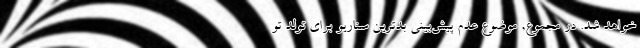
خواهد شد. در مجموع, موضوع عدم پیش‌بینی بدترین سناریو برای تولد تو